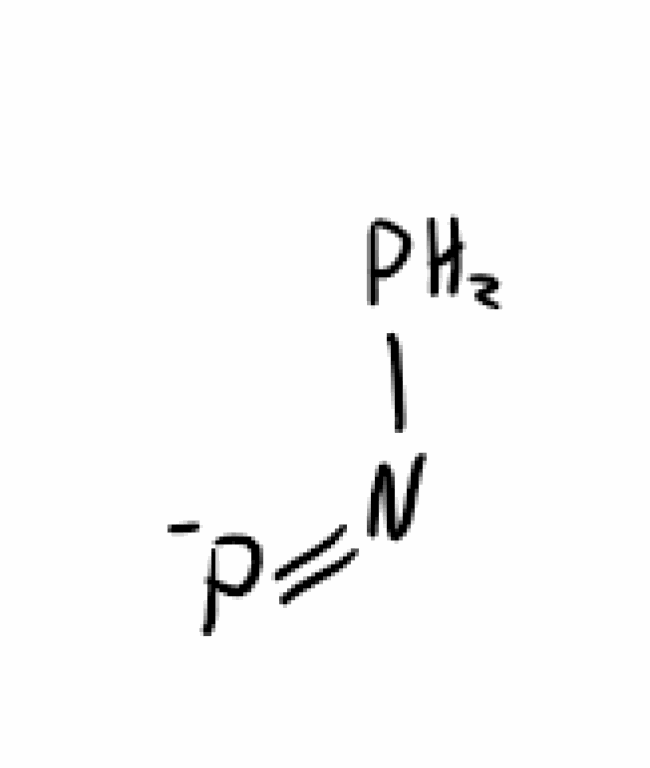
Simplified molecular-input line-entry system (SMILES) notation of the given molecule:
N(=[P-])P